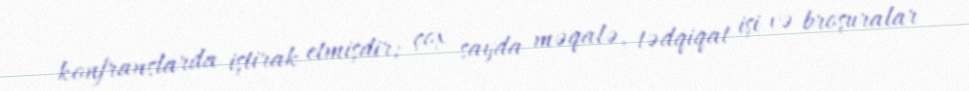
konfranslarda iştirak etmişdir; çox sayda məqalə, tədqiqat işi və broşuralar